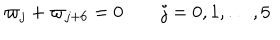
\varpi _ { j } + \varpi _ { j + 6 } = 0 \qquad j = 0 , 1 , \dots , 5